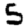
Digit: 5